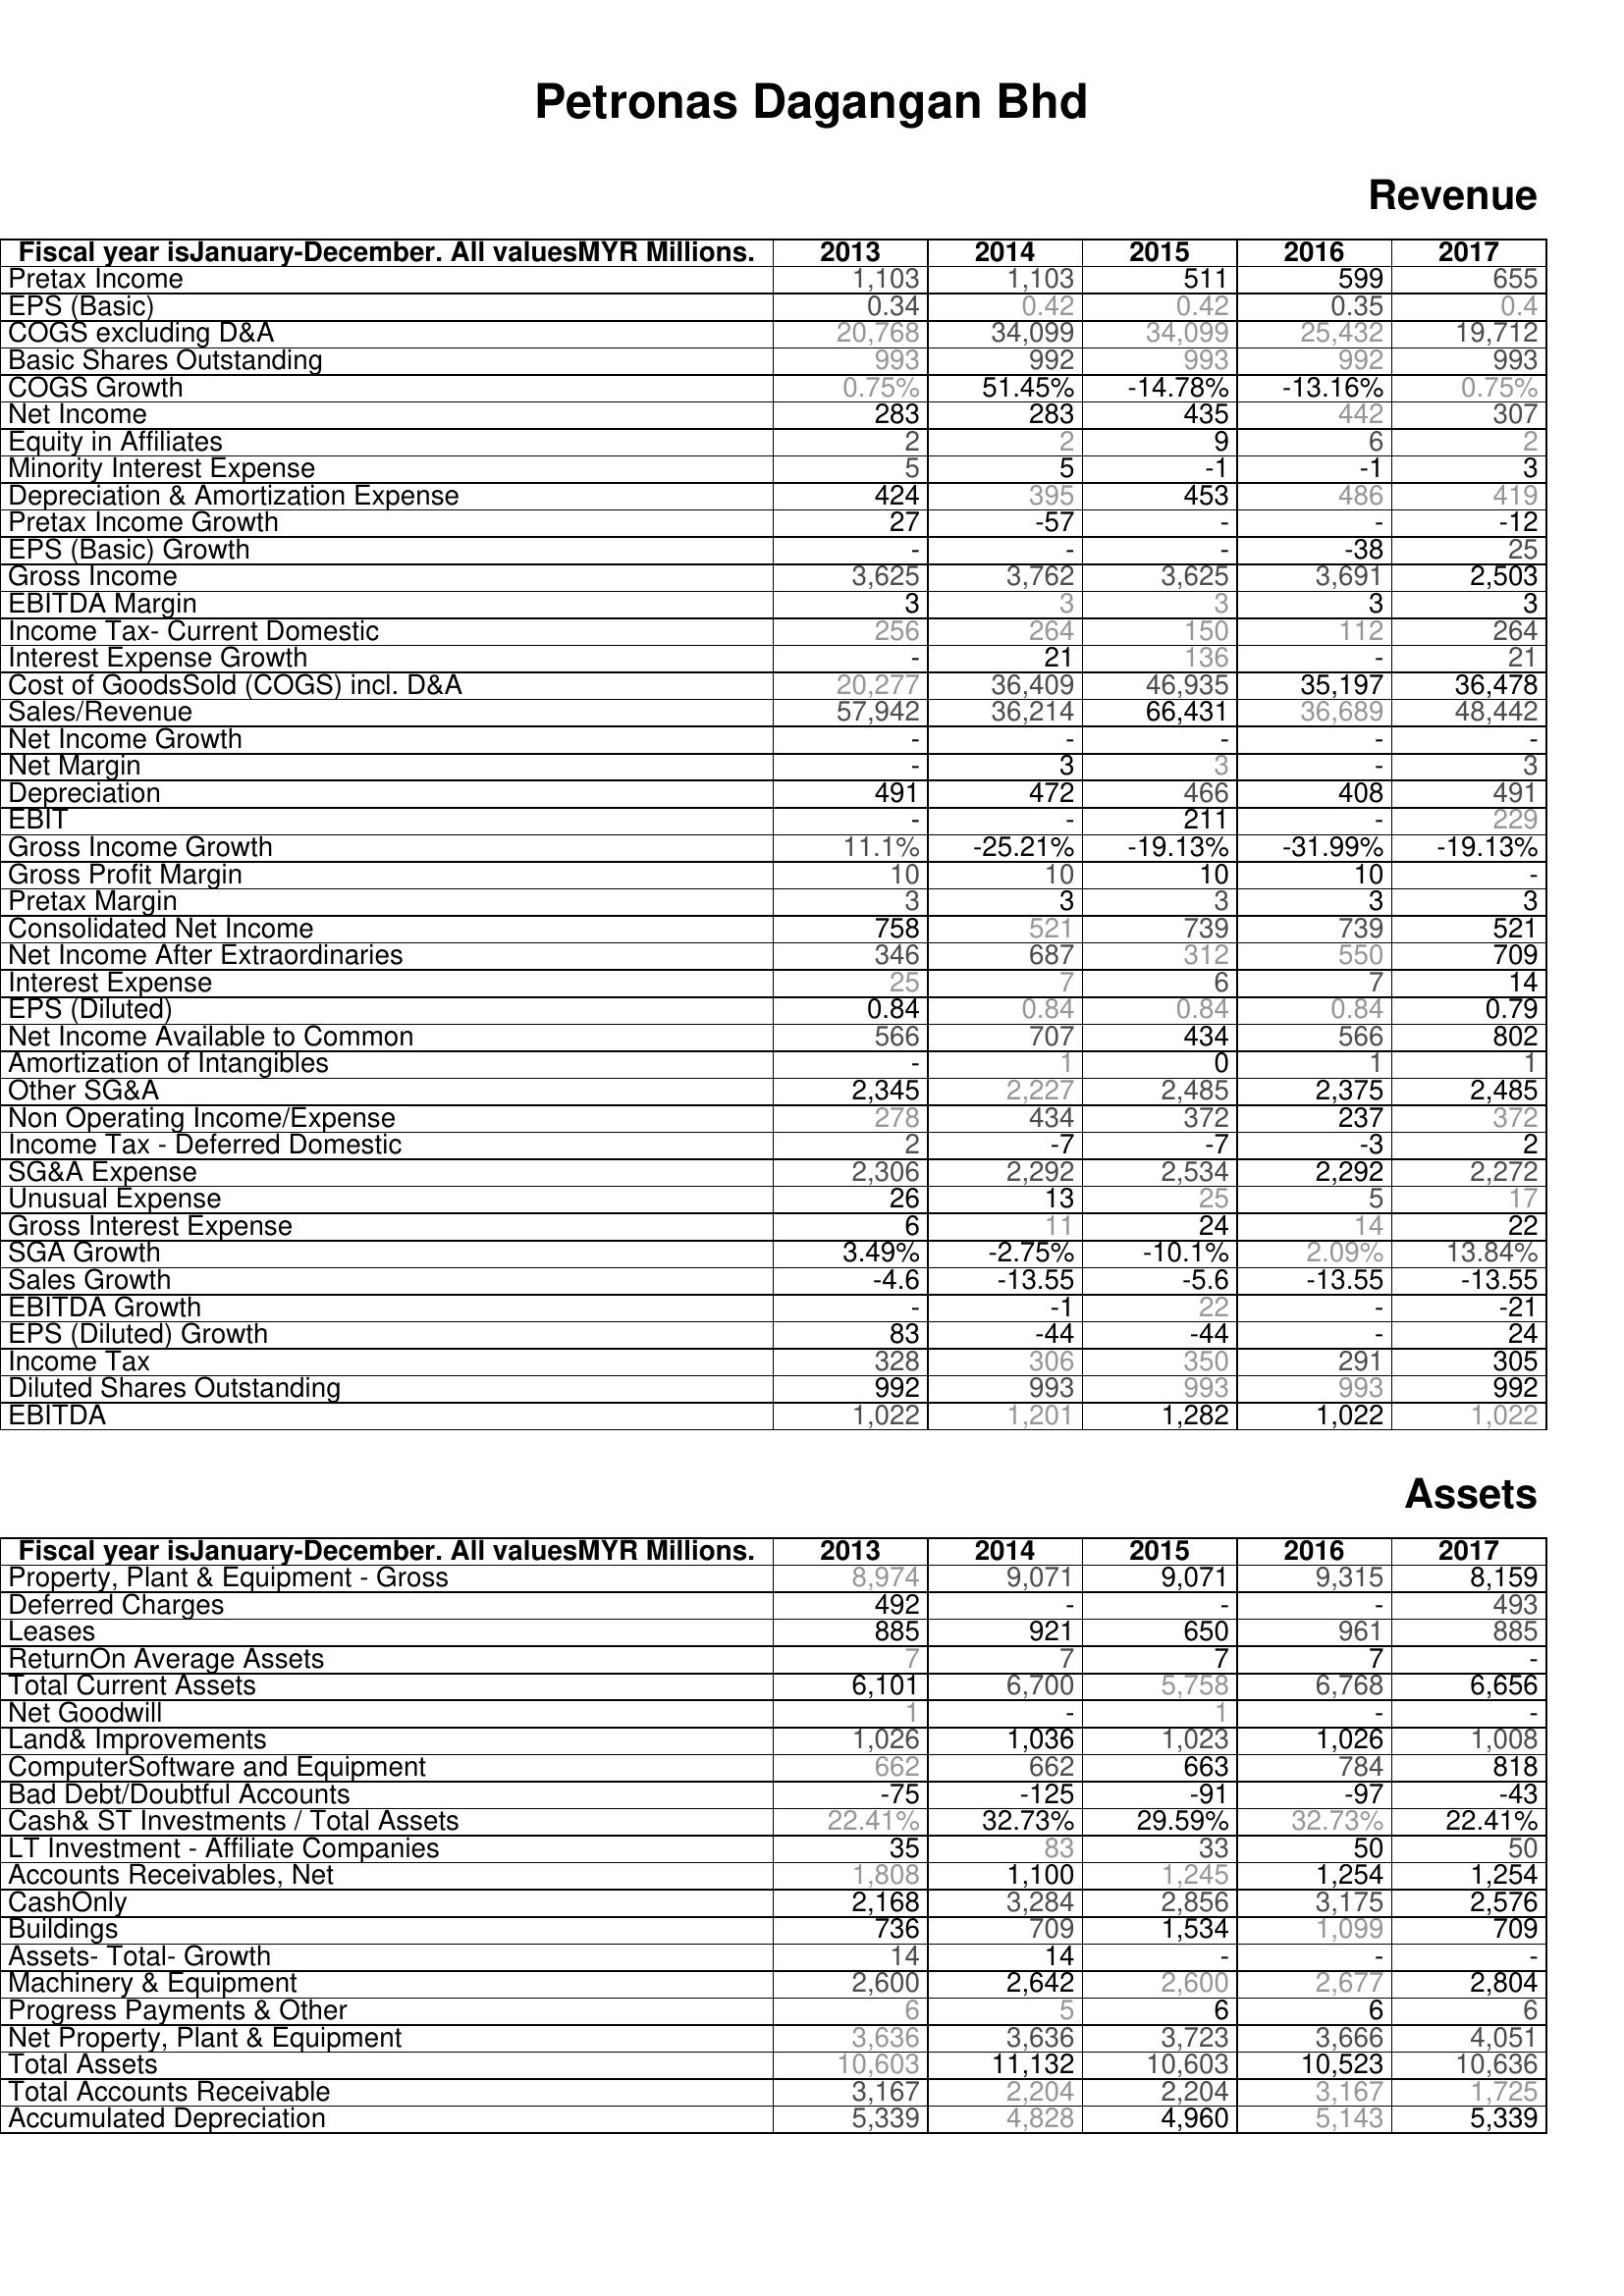
2013: Revenue: Pretax Income: 1,103
EPS (Basic): 0.34
COGS excluding D&A: 20,768
Basic Shares Outstanding: 993
COGS Growth: 0.75%
Net Income: 283
Equity in Affiliates: 2
Minority Interest Expense: 5
Depreciation & Amortization Expense: 424
Pretax Income Growth: 27
EPS (Basic) Growth: -
Gross Income: 3,625
EBITDA Margin: 3
Income Tax- Current Domestic: 256
Interest Expense Growth: -
Cost of GoodsSold (COGS) incl. D&A: 20,277
Sales/Revenue: 57,942
Net Income Growth: -
Net Margin: -
Depreciation: 491
EBIT: -
Gross Income Growth: 11.1%
Gross Profit Margin: 10
Pretax Margin: 3
Consolidated Net Income: 758
Net Income After Extraordinaries: 346
Interest Expense: 25
EPS (Diluted): 0.84
Net Income Available to Common: 566
Amortization of Intangibles: -
Other SG&A: 2,345
Non Operating Income/Expense: 278
Income Tax - Deferred Domestic: 2
SG&A Expense: 2,306
Unusual Expense: 26
Gross Interest Expense: 6
SGA Growth: 3.49%
Sales Growth: -4.6
EBITDA Growth: -
EPS (Diluted) Growth: 83
Income Tax: 328
Diluted Shares Outstanding: 992
EBITDA: 1,022
Assets: Property, Plant & Equipment - Gross : 8,974
Deferred Charges: 492
Leases: 885
ReturnOn Average Assets: 7
Total Current Assets: 6,101
Net Goodwill: 1
Land& Improvements: 1,026
ComputerSoftware and Equipment: 662
Bad Debt/Doubtful Accounts: -75
Cash& ST Investments / Total Assets: 22.41%
LT Investment - Affiliate Companies: 35
Accounts Receivables, Net: 1,808
CashOnly: 2,168
Buildings: 736
Assets- Total- Growth: 14
Machinery & Equipment: 2,600
Progress Payments & Other: 6
Net Property, Plant & Equipment: 3,636
Total Assets: 10,603
Total Accounts Receivable: 3,167
Accumulated Depreciation: 5,339
2014: Revenue: Pretax Income: 1,103
EPS (Basic): 0.42
COGS excluding D&A: 34,099
Basic Shares Outstanding: 992
COGS Growth: 51.45%
Net Income: 283
Equity in Affiliates: 2
Minority Interest Expense: 5
Depreciation & Amortization Expense: 395
Pretax Income Growth: -57
EPS (Basic) Growth: -
Gross Income: 3,762
EBITDA Margin: 3
Income Tax- Current Domestic: 264
Interest Expense Growth: 21
Cost of GoodsSold (COGS) incl. D&A: 36,409
Sales/Revenue: 36,214
Net Income Growth: -
Net Margin: 3
Depreciation: 472
EBIT: -
Gross Income Growth: -25.21%
Gross Profit Margin: 10
Pretax Margin: 3
Consolidated Net Income: 521
Net Income After Extraordinaries: 687
Interest Expense: 7
EPS (Diluted): 0.84
Net Income Available to Common: 707
Amortization of Intangibles: 1
Other SG&A: 2,227
Non Operating Income/Expense: 434
Income Tax - Deferred Domestic: -7
SG&A Expense: 2,292
Unusual Expense: 13
Gross Interest Expense: 11
SGA Growth: -2.75%
Sales Growth: -13.55
EBITDA Growth: -1
EPS (Diluted) Growth: -44
Income Tax: 306
Diluted Shares Outstanding: 993
EBITDA: 1,201
Assets: Property, Plant & Equipment - Gross : 9,071
Deferred Charges: -
Leases: 921
ReturnOn Average Assets: 7
Total Current Assets: 6,700
Net Goodwill: -
Land& Improvements: 1,036
ComputerSoftware and Equipment: 662
Bad Debt/Doubtful Accounts: -125
Cash& ST Investments / Total Assets: 32.73%
LT Investment - Affiliate Companies: 83
Accounts Receivables, Net: 1,100
CashOnly: 3,284
Buildings: 709
Assets- Total- Growth: 14
Machinery & Equipment: 2,642
Progress Payments & Other: 5
Net Property, Plant & Equipment: 3,636
Total Assets: 11,132
Total Accounts Receivable: 2,204
Accumulated Depreciation: 4,828
2015: Revenue: Pretax Income: 511
EPS (Basic): 0.42
COGS excluding D&A: 34,099
Basic Shares Outstanding: 993
COGS Growth: -14.78%
Net Income: 435
Equity in Affiliates: 9
Minority Interest Expense: -1
Depreciation & Amortization Expense: 453
Pretax Income Growth: -
EPS (Basic) Growth: -
Gross Income: 3,625
EBITDA Margin: 3
Income Tax- Current Domestic: 150
Interest Expense Growth: 136
Cost of GoodsSold (COGS) incl. D&A: 46,935
Sales/Revenue: 66,431
Net Income Growth: -
Net Margin: 3
Depreciation: 466
EBIT: 211
Gross Income Growth: -19.13%
Gross Profit Margin: 10
Pretax Margin: 3
Consolidated Net Income: 739
Net Income After Extraordinaries: 312
Interest Expense: 6
EPS (Diluted): 0.84
Net Income Available to Common: 434
Amortization of Intangibles: 0
Other SG&A: 2,485
Non Operating Income/Expense: 372
Income Tax - Deferred Domestic: -7
SG&A Expense: 2,534
Unusual Expense: 25
Gross Interest Expense: 24
SGA Growth: -10.1%
Sales Growth: -5.6
EBITDA Growth: 22
EPS (Diluted) Growth: -44
Income Tax: 350
Diluted Shares Outstanding: 993
EBITDA: 1,282
Assets: Property, Plant & Equipment - Gross : 9,071
Deferred Charges: -
Leases: 650
ReturnOn Average Assets: 7
Total Current Assets: 5,758
Net Goodwill: 1
Land& Improvements: 1,023
ComputerSoftware and Equipment: 663
Bad Debt/Doubtful Accounts: -91
Cash& ST Investments / Total Assets: 29.59%
LT Investment - Affiliate Companies: 33
Accounts Receivables, Net: 1,245
CashOnly: 2,856
Buildings: 1,534
Assets- Total- Growth: -
Machinery & Equipment: 2,600
Progress Payments & Other: 6
Net Property, Plant & Equipment: 3,723
Total Assets: 10,603
Total Accounts Receivable: 2,204
Accumulated Depreciation: 4,960
2016: Revenue: Pretax Income: 599
EPS (Basic): 0.35
COGS excluding D&A: 25,432
Basic Shares Outstanding: 992
COGS Growth: -13.16%
Net Income: 442
Equity in Affiliates: 6
Minority Interest Expense: -1
Depreciation & Amortization Expense: 486
Pretax Income Growth: -
EPS (Basic) Growth: -38
Gross Income: 3,691
EBITDA Margin: 3
Income Tax- Current Domestic: 112
Interest Expense Growth: -
Cost of GoodsSold (COGS) incl. D&A: 35,197
Sales/Revenue: 36,689
Net Income Growth: -
Net Margin: -
Depreciation: 408
EBIT: -
Gross Income Growth: -31.99%
Gross Profit Margin: 10
Pretax Margin: 3
Consolidated Net Income: 739
Net Income After Extraordinaries: 550
Interest Expense: 7
EPS (Diluted): 0.84
Net Income Available to Common: 566
Amortization of Intangibles: 1
Other SG&A: 2,375
Non Operating Income/Expense: 237
Income Tax - Deferred Domestic: -3
SG&A Expense: 2,292
Unusual Expense: 5
Gross Interest Expense: 14
SGA Growth: 2.09%
Sales Growth: -13.55
EBITDA Growth: -
EPS (Diluted) Growth: -
Income Tax: 291
Diluted Shares Outstanding: 993
EBITDA: 1,022
Assets: Property, Plant & Equipment - Gross : 9,315
Deferred Charges: -
Leases: 961
ReturnOn Average Assets: 7
Total Current Assets: 6,768
Net Goodwill: -
Land& Improvements: 1,026
ComputerSoftware and Equipment: 784
Bad Debt/Doubtful Accounts: -97
Cash& ST Investments / Total Assets: 32.73%
LT Investment - Affiliate Companies: 50
Accounts Receivables, Net: 1,254
CashOnly: 3,175
Buildings: 1,099
Assets- Total- Growth: -
Machinery & Equipment: 2,677
Progress Payments & Other: 6
Net Property, Plant & Equipment: 3,666
Total Assets: 10,523
Total Accounts Receivable: 3,167
Accumulated Depreciation: 5,143
2017: Revenue: Pretax Income: 655
EPS (Basic): 0.4
COGS excluding D&A: 19,712
Basic Shares Outstanding: 993
COGS Growth: 0.75%
Net Income: 307
Equity in Affiliates: 2
Minority Interest Expense: 3
Depreciation & Amortization Expense: 419
Pretax Income Growth: -12
EPS (Basic) Growth: 25
Gross Income: 2,503
EBITDA Margin: 3
Income Tax- Current Domestic: 264
Interest Expense Growth: 21
Cost of GoodsSold (COGS) incl. D&A: 36,478
Sales/Revenue: 48,442
Net Income Growth: -
Net Margin: 3
Depreciation: 491
EBIT: 229
Gross Income Growth: -19.13%
Gross Profit Margin: -
Pretax Margin: 3
Consolidated Net Income: 521
Net Income After Extraordinaries: 709
Interest Expense: 14
EPS (Diluted): 0.79
Net Income Available to Common: 802
Amortization of Intangibles: 1
Other SG&A: 2,485
Non Operating Income/Expense: 372
Income Tax - Deferred Domestic: 2
SG&A Expense: 2,272
Unusual Expense: 17
Gross Interest Expense: 22
SGA Growth: 13.84%
Sales Growth: -13.55
EBITDA Growth: -21
EPS (Diluted) Growth: 24
Income Tax: 305
Diluted Shares Outstanding: 992
EBITDA: 1,022
Assets: Property, Plant & Equipment - Gross : 8,159
Deferred Charges: 493
Leases: 885
ReturnOn Average Assets: -
Total Current Assets: 6,656
Net Goodwill: -
Land& Improvements: 1,008
ComputerSoftware and Equipment: 818
Bad Debt/Doubtful Accounts: -43
Cash& ST Investments / Total Assets: 22.41%
LT Investment - Affiliate Companies: 50
Accounts Receivables, Net: 1,254
CashOnly: 2,576
Buildings: 709
Assets- Total- Growth: -
Machinery & Equipment: 2,804
Progress Payments & Other: 6
Net Property, Plant & Equipment: 4,051
Total Assets: 10,636
Total Accounts Receivable: 1,725
Accumulated Depreciation: 5,339